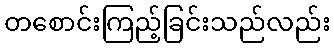
တစောင်းကြည့်ခြင်းသည်လည်း